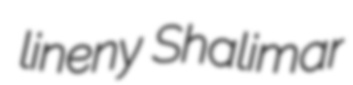
lineny Shalimar